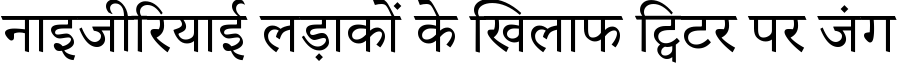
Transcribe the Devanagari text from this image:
नाइजीरियाई लड़ाकों के खिलाफ ट्विटर पर जंग